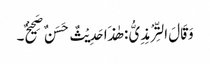
وَقَالَ التِّرْمِذِیُّ : ھٰذَا حَدِیْثٌ حَسَنٌ صَحِیْحٌ۔